Scientific memoirs by medical officers of the Army of India - Part VII,
Year: 1892
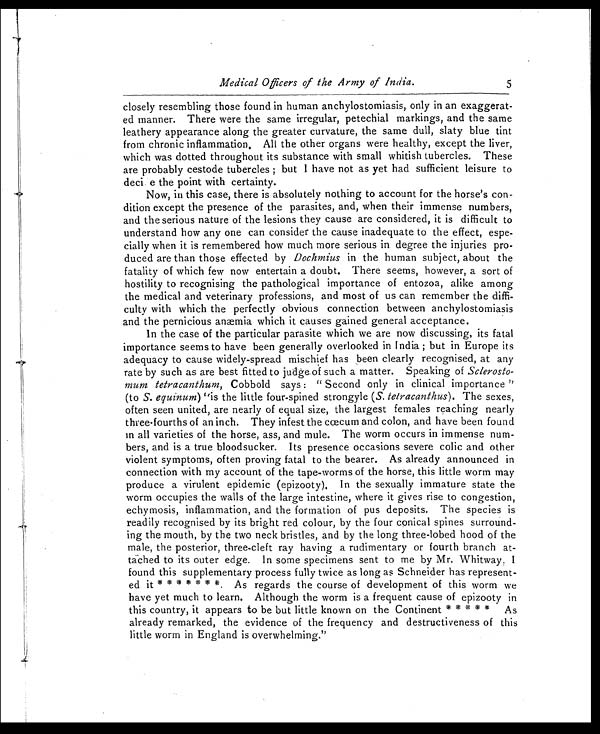
Medical Officers of the Army of India.
closely resembling thoe found in human anchylostomiasis, only in an exaggerat-
ed manner. There were the same irregular, petechial markings, and the same
leathery appearance along the greater curvature, the same dull, slaty blue tint
from chronic inflammation, All the other organs were healthy, except the liver,
which was dotted throughout its substance with small whitish tubercles. These
are probably cestode tubercles ; but I have not as yet had sufficient leisure to
deci e the point with certainty.
Now, in this case, there is absolutely nothing to account for the horse's con-
dition except the presence of the parasites, and, when their immense numbers,
and the serious nature of the lesions they cause are considered, it is difficult to
understand how any one can consider the cause inadequate to the effect, espe-
cially when it is remembered how much more serious in degree the injuries pro-
duced are than those effected by Dochmius in the human subject, about the
fatality of which few now entertain a doubt. There seems, however, a sort of
hostility to recognising the pathological importance of entozoa, alike among
the medical and veterinary professions, and most of us can remember the diffi-
culty with which the perfectly obvious connection between anchylostomiasis
and the pernicious anæmia which it causes gained general acceptance.
In the case of the particular parasite which we are now discussing, its fatal
importance seems to have been generally overlooked in India ; but in Europe its
adequacy to cause widely-spread mischief has been clearly recognised, at any
rate by such as are best fitted to judgeof such a matter. Speaking of Sclerosto-
mum tetracanthum, Cobbold says : " Second only in clinical importance "
(to S. equinum ) “is the little four-spined strongyle (S. telracanthus). The sexes,
often seen united, are nearly of equal size, the largest females reaching nearly
three-fourths of an inch. They infest the cœcum and colon, and have been found
in all varieties of the horse, ass, and mule. The worm occurs in immense num-
bers, and is a true bloodsucker. Its presence occasions severe colic and other
violent symptoms, often proving fatal to the bearer. As already announced in
connection with my account of the tape-worms of the horse, this little worm may
produce a virulent epidemic (epizooty), In the sexually immature state the
worm occupies the walls of the large intestine, where it gives rise to congestion,
echymosis, inflammation, and the formation of pus deposits. The species is
readily recognised by its bright red colour, by the four conical spines surround-
ing the mouth, by the two neck bristles, and by the long three-lobed hood of the
male, the posterior, three-cleft ray having a rudimentary or fourth branch at-
tached to its outer edge. In some specimens sent to me by Mr. Whitway. I
found this supplementary process fully twice as long as Schneider has represent-
ed it * * * * * * *. As regards the course of development of this worm we
have yet much to learn. Although the worm is a frequent cause of epizooty in
this country, it appears to be but little known on the Continent * * * * * As
already remarked, the evidence of the frequency and destructiveness of this
little worm in England is overwhelming."
5